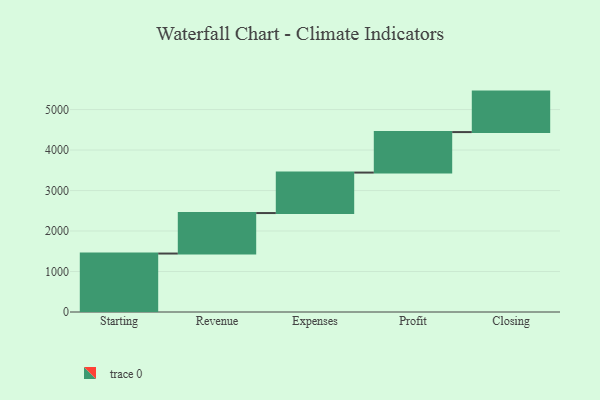
{"axis": {"x": "Step", "y": "Value"}, "legend": [""], "data": [{"x": "Starting", "y": 1444.0, "type": ""}, {"x": "Revenue", "y": 1000, "type": ""}, {"x": "Expenses", "y": 1000, "type": ""}, {"x": "Profit", "y": 1000, "type": ""}, {"x": "Closing", "y": 1000, "type": ""}]}